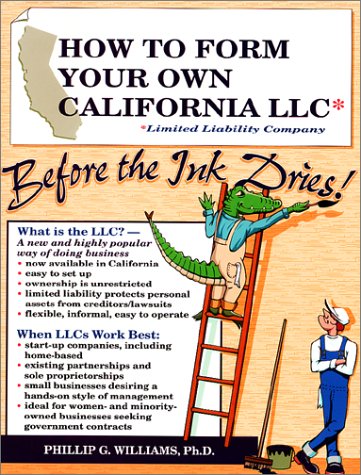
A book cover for How to Form Your Own California LLC (Limited Liability Company) Before the Ink Dries: A Step-By-Step Guide, With Forms (How to Form a Limited liabili ... a Limited Liability Company Series, V. 3); Phillip G. Williams; Business & Money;